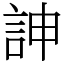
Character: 訷